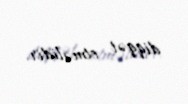
diqqət etməlidir.